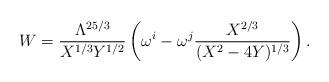
LaTeX: \begin{align*}W=\frac{\Lambda^{25/3}}{X^{1/3} Y^{1/2}} \left(\omega^i - \omega^j \frac{X^{2/3}}{(X^2-4 Y)^{1/3}} \right).\end{align*}